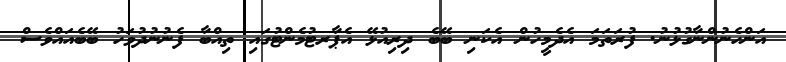
އަންހެނުންނާގުޅުނު. ފުރަތަމަ އެދެމީހުން އެކަނި ބޭބެ ދިރިއުޅޭ އެޕާރޓުމެންޓުގައި ތިއްބާ ފެނުނުދުވަހު ބޭބެއައްވެސް